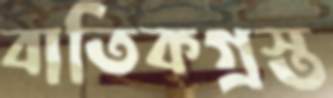
বাতিকগ্রস্ত